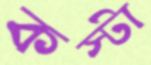
কস্টা